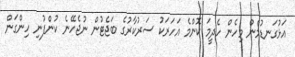
އަޅުގަނޑުމެން މިހެން ހެދީމަ ކޮންމެ އަހަރަކު ސަރުކާރުގެ ބަޖެޓުން ނުޖެހޭނެ ކުންފުނި ހިންގަން